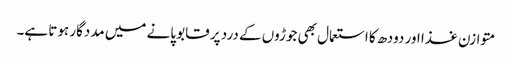
متوازن غذا اور دودھ کا استعمال بھی جوڑوں کے درد پر قابو پانے میں مددگار ہوتا ہے۔